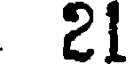
21